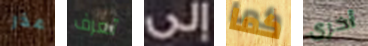
عذر تعرف إلى كما أخرى